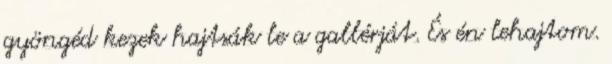
gyöngéd kezek hajtsák le a gallérját. És én lehajtom.